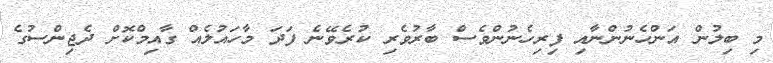
މި ބިލުން އަންހެނުންނާއި ފިރިހެނުންވެސް ބާރުވެރި ކުރެވޭނެ ފަދަ މާހައުލެއް ގާއިމްކޮށް ދެޖިންސުގެ